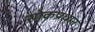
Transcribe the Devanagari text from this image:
शोकप्रधान